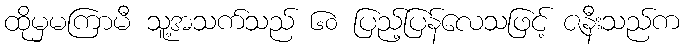
ထိုမှမကြာမီ သူ့အသက်သည် ၆၀ ပြည့်ပြန်လေသဖြင့် ဇနီးသည်က